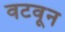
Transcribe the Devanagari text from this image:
वटवून